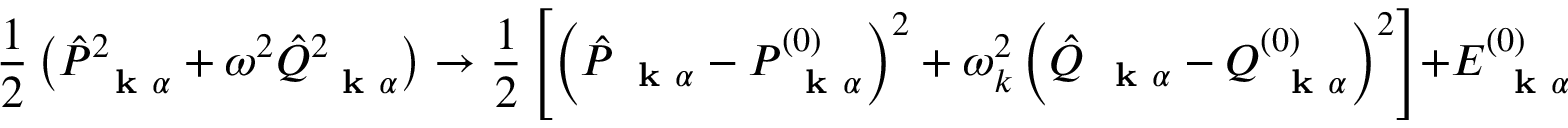
\frac { 1 } { 2 } \left( \hat { P } _ { \mathrm { ~ \bf ~ k ~ } \alpha } ^ { 2 } + \omega ^ { 2 } \hat { Q } _ { \mathrm { ~ \bf ~ k ~ } \alpha } ^ { 2 } \right) \to \frac { 1 } { 2 } \left[ \left( \hat { P } _ { \mathrm { ~ \bf ~ k ~ } \alpha } - P _ { \mathrm { ~ \bf ~ k ~ } \alpha } ^ { ( 0 ) } \right) ^ { 2 } + \omega _ { k } ^ { 2 } \left( \hat { Q } _ { \mathrm { ~ \bf ~ k ~ } \alpha } - Q _ { \mathrm { ~ \bf ~ k ~ } \alpha } ^ { ( 0 ) } \right) ^ { 2 } \right] + E _ { \mathrm { ~ \bf ~ k ~ } \alpha } ^ { ( 0 ) }